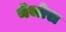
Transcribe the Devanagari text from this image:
मेजोरा